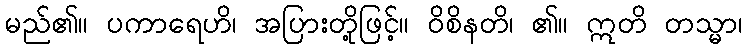
မည်၏။ ပကာရေဟိ၊ အပြားတို့ဖြင့်။ ဝိစိနတိ၊ ၏။ ဣတိ တသ္မာ၊